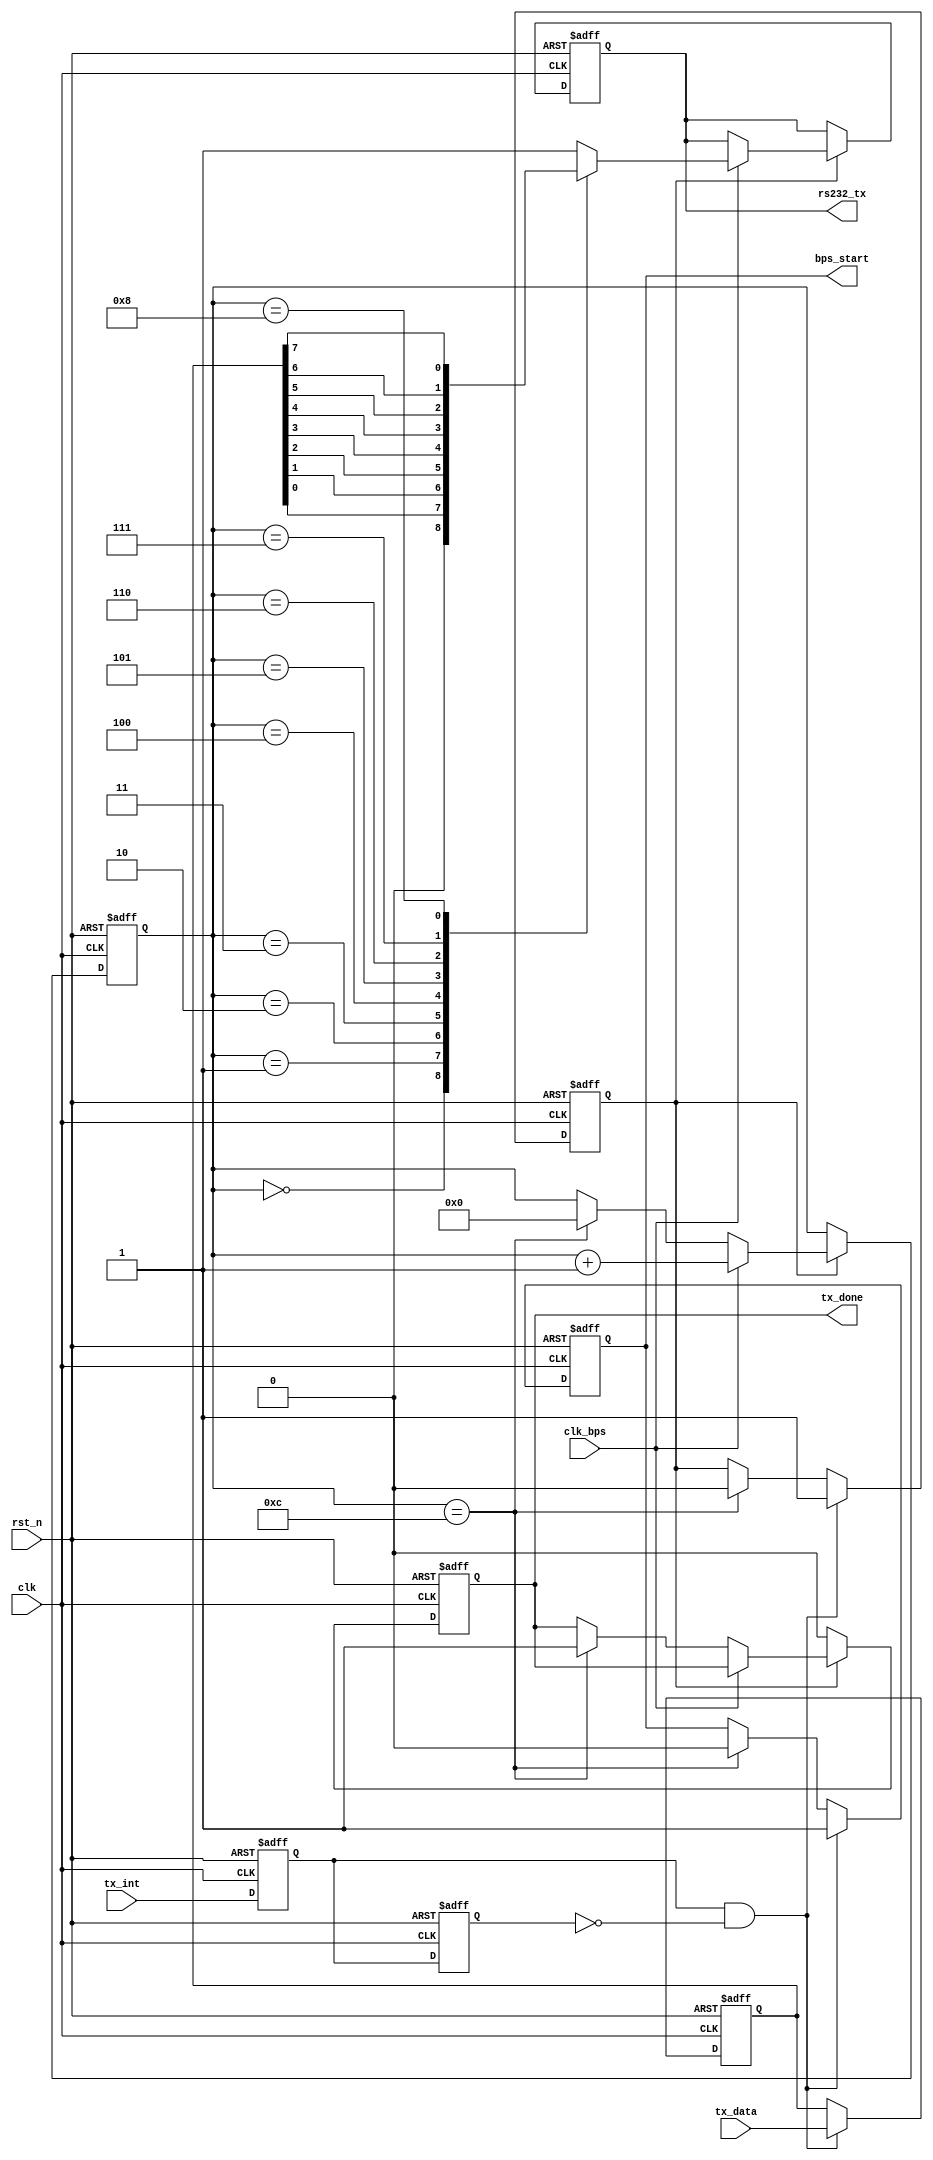
`timescale 1ns / 1ps
//////////////////////////////////////////////////////////////////////////////////
// Company: 
// Engineer: 
// 
// Design Name: 
// Module Name:    my_uart_tx 
// Project Name: 
// Target Devices: 
// Tool versions: 
// Description: 
//
// Dependencies: 
//
// Revision: 
// Revision 0.01 - File Created
// Additional Comments: 
//
//////////////////////////////////////////////////////////////////////////////////
module my_uart_tx(
				clk,rst_n,
				tx_data,tx_int,rs232_tx,
				clk_bps, bps_start, tx_done
			);

input clk;			// 50MHz
input rst_n;		//
input clk_bps;		// clk_bps_r,
input[7:0] tx_data;	//;
input tx_int;		// 
output rs232_tx;	// RS232
output bps_start;	//
output tx_done;

//---------------------------------------------------------
reg[7:0] tx_data_buf;	//
//---------------------------------------------------------
reg tx_int_1, tx_int_2;
reg bps_start_r;
reg tx_en;	//
reg[3:0] num;
reg tx_done;

always @ (posedge clk or negedge rst_n) begin
	if (~rst_n) begin
		tx_int_1 <= 1'b0;
		tx_int_2 <= 1'b0;
	end
	else begin
		tx_int_1 <= tx_int;
		tx_int_2 <= tx_int_1;
	end
end	

always @ (posedge clk or negedge rst_n) begin
	if(~rst_n) begin
			bps_start_r <= 1'b0;
			tx_en <= 1'b0;
			tx_data_buf <= 8'd0;
		end
	else if(tx_int_1 && ~tx_int_2) begin	//
			bps_start_r <= 1'b1;
			tx_data_buf <= tx_data;	//
			tx_en <= 1'b1;		//
		end
	else if(num==4'd12) begin	//
			bps_start_r <= 1'b0;
			tx_en <= 1'b0;
		end
end

assign bps_start = bps_start_r;

//---------------------------------------------------------
reg rs232_tx_r;

always @ (posedge clk or negedge rst_n) begin
	if(!rst_n) begin
			num <= 4'd0;
			rs232_tx_r <= 1'b1;
			tx_done <= 1'b0;
	end
	else if(tx_en) begin
			if(clk_bps)	begin
					num <= num+1'b1;
					case (num)
						4'd0: rs232_tx_r <= 1'b0; 	//
						4'd1: rs232_tx_r <= tx_data_buf[0];	//bit0
						4'd2: rs232_tx_r <= tx_data_buf[1];	//bit1
						4'd3: rs232_tx_r <= tx_data_buf[2];	//bit2
						4'd4: rs232_tx_r <= tx_data_buf[3];	//bit3
						4'd5: rs232_tx_r <= tx_data_buf[4];	//bit4
						4'd6: rs232_tx_r <= tx_data_buf[5];	//bit5
						4'd7: rs232_tx_r <= tx_data_buf[6];	//bit6
						4'd8: rs232_tx_r <= tx_data_buf[7];	//bit7
						4'd9: rs232_tx_r <= 1'b1;	//
						4'd10: rs232_tx_r <= 1'b1;	//2nd
						default: rs232_tx_r <= 1'b1;
					endcase
			end
			else begin
				if (num == 4'd12) begin
					num <= 4'd0;
					tx_done <= 1'b1;
				end
			end
	end
	else begin
		tx_done <= 1'b0;
	end
end

assign rs232_tx = rs232_tx_r;

endmodule